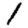
Digit: 1